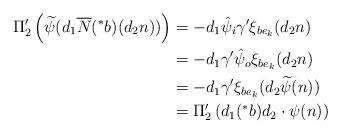
LaTeX: \begin{align*}\Pi_{2}'\left(\widetilde{\psi}(d_{1}\overline{N}(^{\ast}b)(d_{2}n))\right)&=-d_{1}\hat{\psi}_{i}\gamma' \xi_{be_{k}}(d_{2}n) \\&=-d_{1}\gamma' \hat{\psi}_{o} \xi_{be_{k}}(d_{2}n) \\&=-d_{1} \gamma' \xi_{be_{k}} (d_{2}\widetilde{\psi}(n))\\&=\Pi_{2}' \left(d_{1}(^{\ast}b)d_{2} \cdot \psi(n)\right)\end{align*}